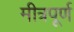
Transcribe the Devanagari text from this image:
मीत्रपूर्ण